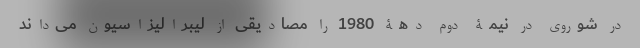
در شوروی در نیمۀ دوم دهۀ 1980 را مصادیقی از لیبرالیزاسیون می‌داند